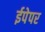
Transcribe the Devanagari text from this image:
ईपेपर